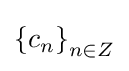
\left\{c_{n}\right\}_{n\in Z}